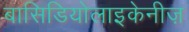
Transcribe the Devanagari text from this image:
बासिडियोलाइकेनीज़